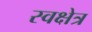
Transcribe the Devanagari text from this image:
स्वक्षेत्र